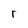
Character: r